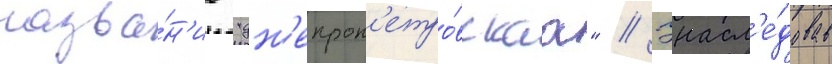
назва́н'ие "дн'епроп'етро́вскаа" // Унасл'е́довав